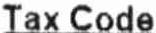
TAX CODE